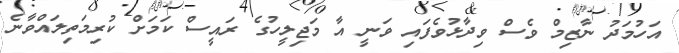
އަހުމަދު ނާޒިމް ވެސް ވިދާޅުވެފައި ވަނީ އާ މަޖިލީހުގެ ރައީސް ކަމަށް ކުރިމަތިލައްވާނެ